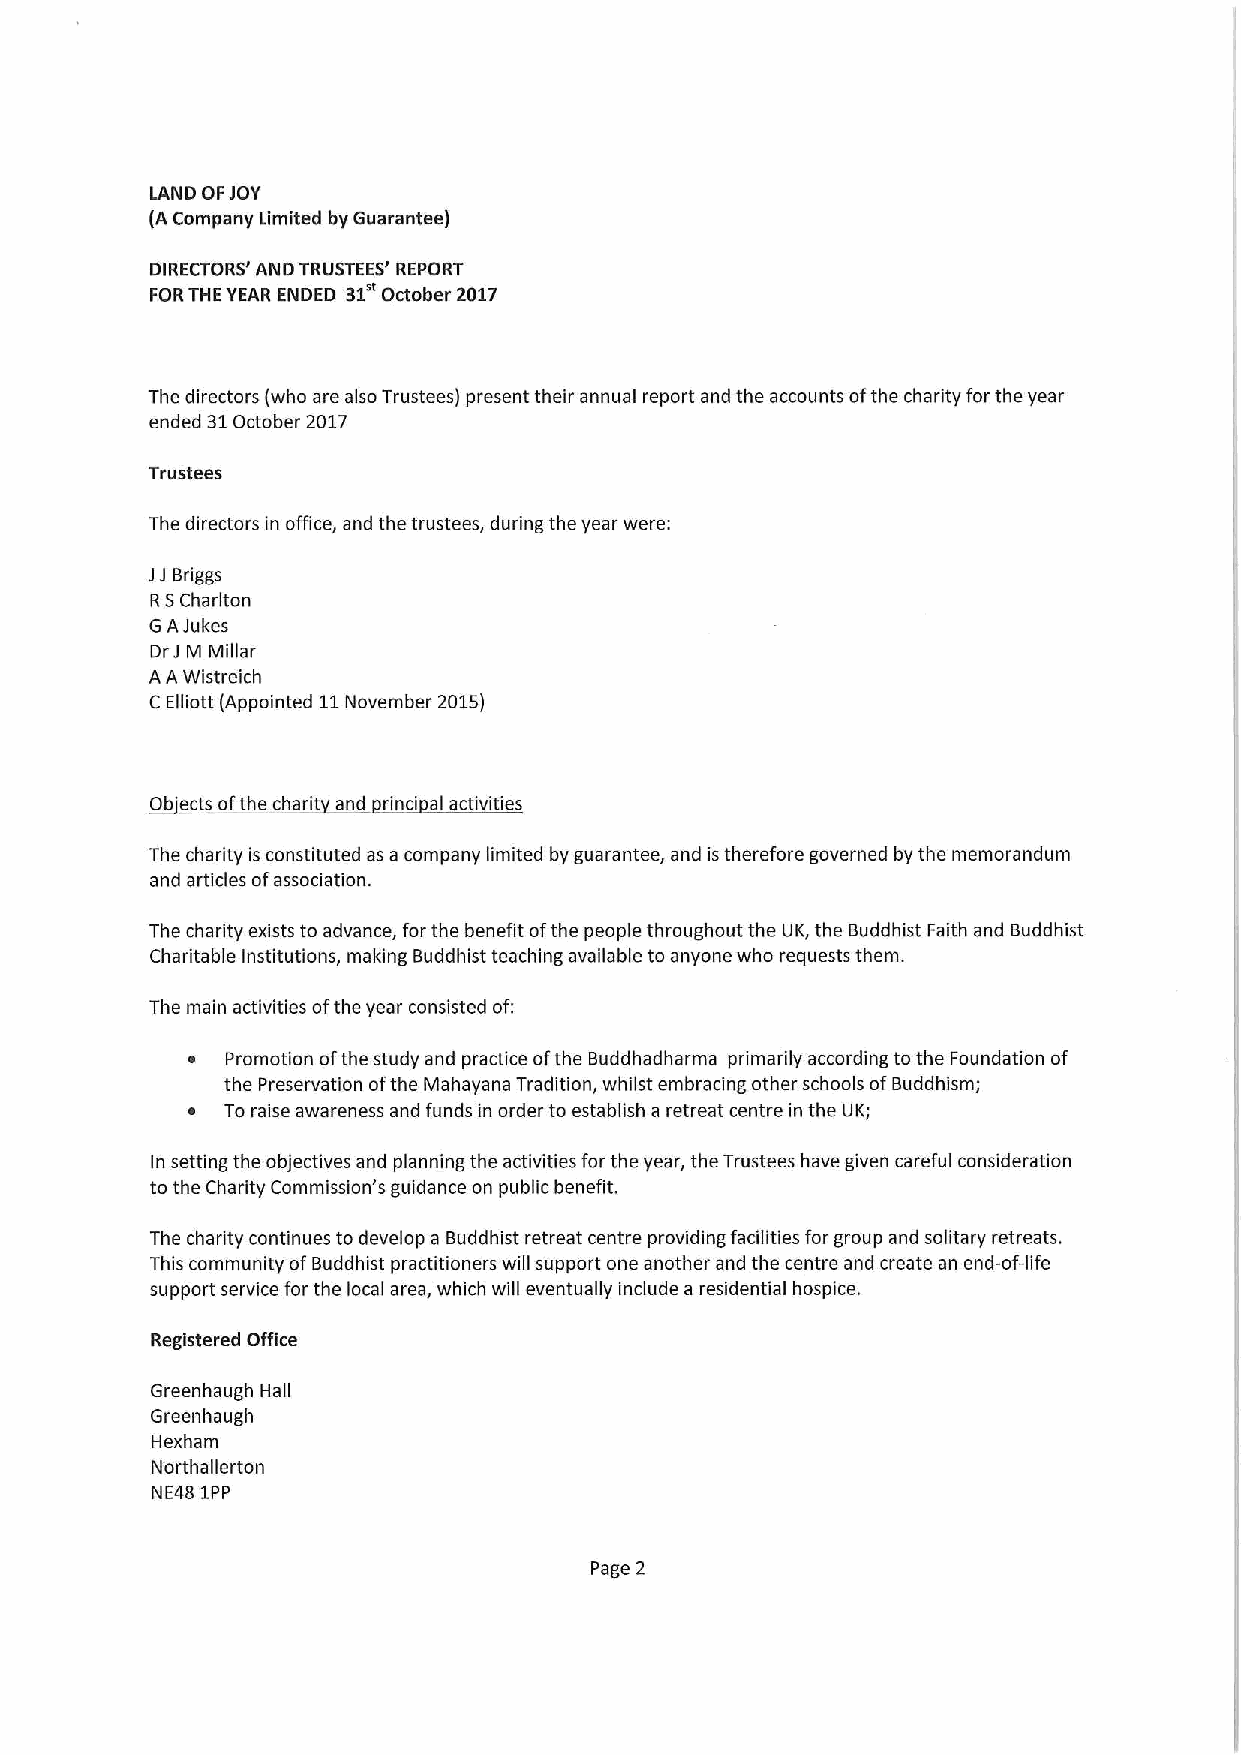
LAND OFJOY
 (A Company Limited by Guarantee)
 DIRECTORS' AND TRUSTEES' REPORT
 FORTHEYEAR ENDED 31 October 2017
 The directors (who are also Trustees) present their annual report and the accounts ofthe charity for the year
 ended 31October 2017
 Trustees
 The directors in office, and the trustees, during the year were:
 JJ Briggs
 RSCharlton
 G AJukes
 DrJ M Millar
 AA Wistreich
 C Elliott (Appointed 11November 2015)
 Ob'ects ofthe charit and rinci al activities
 The charity is constituted as a company limited by guarantee, and istherefore governed by the memorandum
 and articles ofassociation.
 The charity exists to advance, for the benefit ofthe people throughout the UK, the Buddhist Faith and Buddhist
 Charitable Institutions, making Buddhist teaching available to anyone who requests them.
 The main activities ofthe year consisted of:
 ~  Promotion ofthe study and practice ofthe Buddhadharma primarily according to the Foundation of
 the Preservation ofthe Mahayana Tradition, whilst embracing other schools ofBuddhism;
 ~  To raise awareness and funds in order to establish a retreat centre in the UK;
 In setting the objectives and planning the activities forthe year, the Trustees have given careful consideration
 to the Charity Commission's guidance on public benefit.
 The charity continues to develop a Buddhist retreat centre providing facilities for group and solitary retreats.
 This community ofBuddhist practitioners will support one another and the centre and create an end-of-life
 support service for the local area, which will eventually include a residential hospice.
 Registered Office
 Greenhaugh Hall
 Greenhaugh
 Hexham
 Northallerton
 NE48 1PP
 Page 2